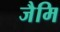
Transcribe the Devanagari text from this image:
जैमि